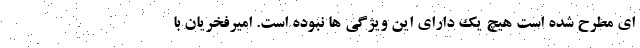
ای مطرح شده است هیچ یک دارای این ویژگی ها نبوده است. امیرفخریان با